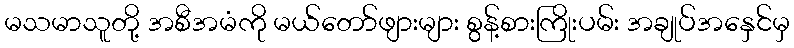
မသမာသူတို့ အစီအမံကို မယ်တော်ဖျားများ စွန့်စားကြိုးပမ်း အချုပ်အနှေင်မှ